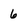
Character: 6